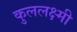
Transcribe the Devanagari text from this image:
कुललक्ष्मी